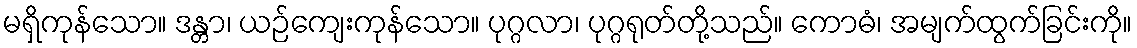
မရှိကုန်သော။ ဒန္တာ၊ ယဉ်ကျေးကုန်သော။ ပုဂ္ဂလာ၊ ပုဂ္ဂရုတ်တို့သည်။ ကောဓံ၊ အမျက်ထွက်ခြင်းကို။